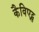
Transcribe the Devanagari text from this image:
कैविएट्स